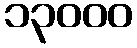
၁၃၀၀၀